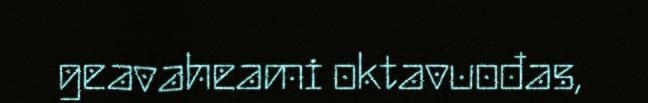
geavaheami oktavuođas,